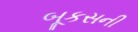
બૂકસની